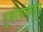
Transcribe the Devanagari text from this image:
तुकोबांकडून